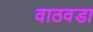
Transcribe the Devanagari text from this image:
वाठवडा